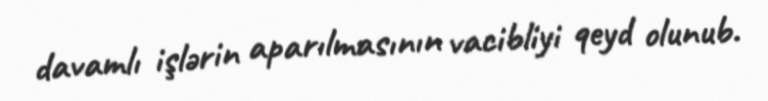
davamlı işlərin aparılmasının vacibliyi qeyd olunub.